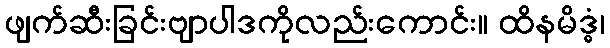
ဖျက်ဆီးခြင်းဗျာပါဒကိုလည်းကောင်း။ ထိနမိဒ္ဓံ၊